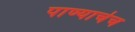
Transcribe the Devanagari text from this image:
पाण्याचेच